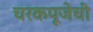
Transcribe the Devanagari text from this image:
चरकपूजेची